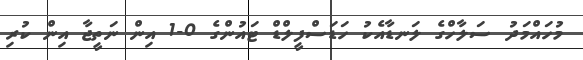
މުހައްމަދު ސަލާހްގެ ލަނޑާއެކު ހަޑަސްފީލްޑް ޓައުންގެ 0-1 އިން ނަތީޖާ އިން ކުރި